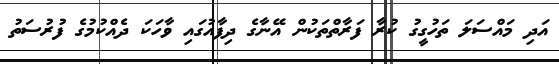
އަދި މައްސަލަ ތަހުގީގު ކުރާ ފަރާތްތަކުން އޭނާގެ ދިފާއުގައި ވާހަކަ ދެއްކުމުގެ ފުރުސަތު